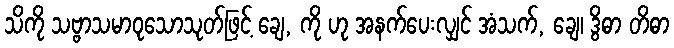
သိကို သဗ္ဗာသမာဝုသောသုတ်ဖြင့် ချေ, ကို ဟု အနက်ပေးလျှင် အံသက်, ချေ၊ ဒွိဓာ တိဓာ